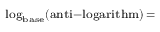
\scriptstyle \log _ { \mathrm { b a s e } } ( { \mathrm { a n t i - l o g a r i t h m } } ) \, =